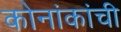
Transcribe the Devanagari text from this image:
कोनांकांची